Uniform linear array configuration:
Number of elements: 48
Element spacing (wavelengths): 1
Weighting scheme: kaiser
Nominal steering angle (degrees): -15
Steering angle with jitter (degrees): -14.148
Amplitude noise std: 0.05
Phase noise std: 0.05

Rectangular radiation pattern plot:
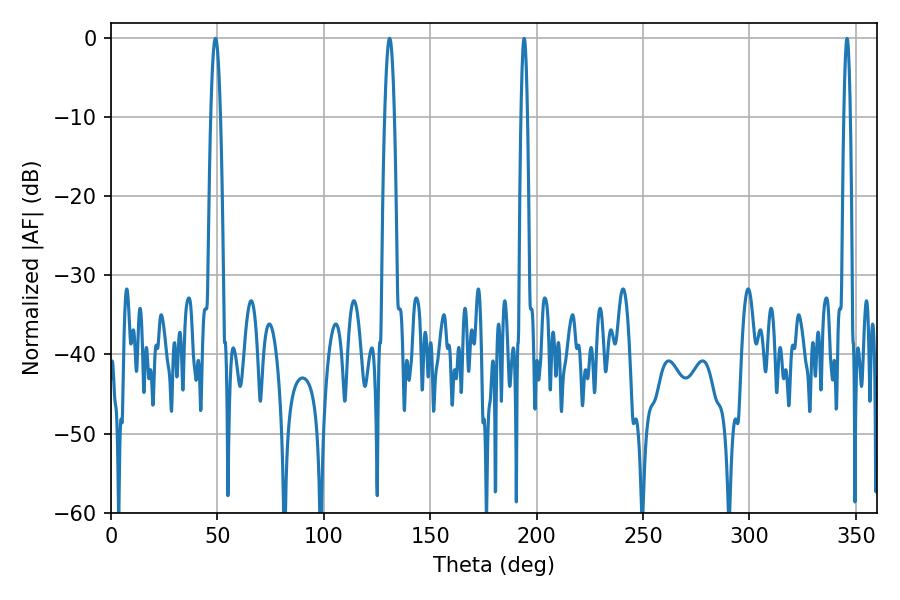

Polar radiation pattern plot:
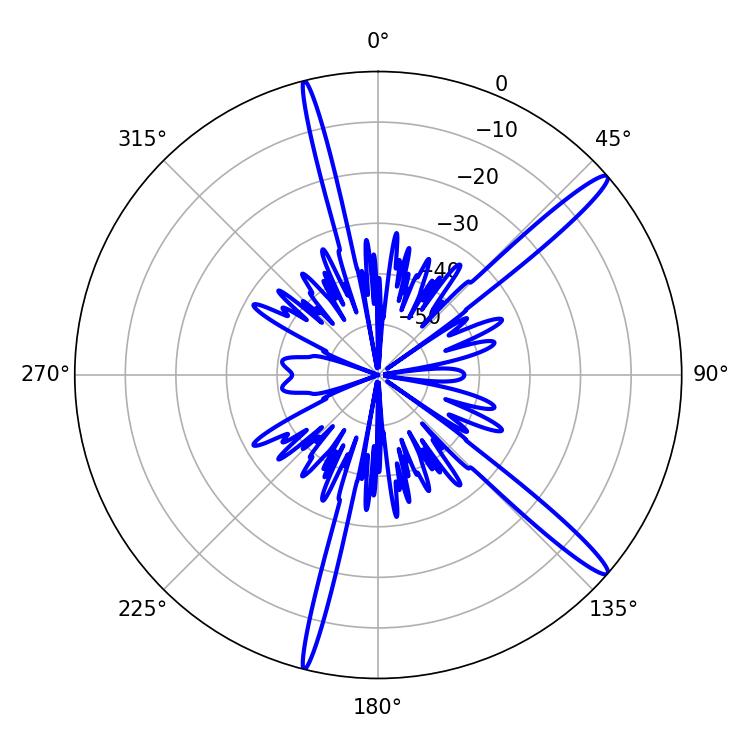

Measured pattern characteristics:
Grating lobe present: TRUE
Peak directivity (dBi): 15.478
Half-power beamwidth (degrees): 2.52
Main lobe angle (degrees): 49.14